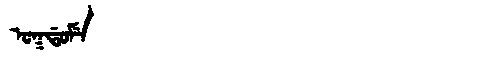
Manchu: ᠣᡴᡩᠣᠮᡝ
Romanization: OKDOME